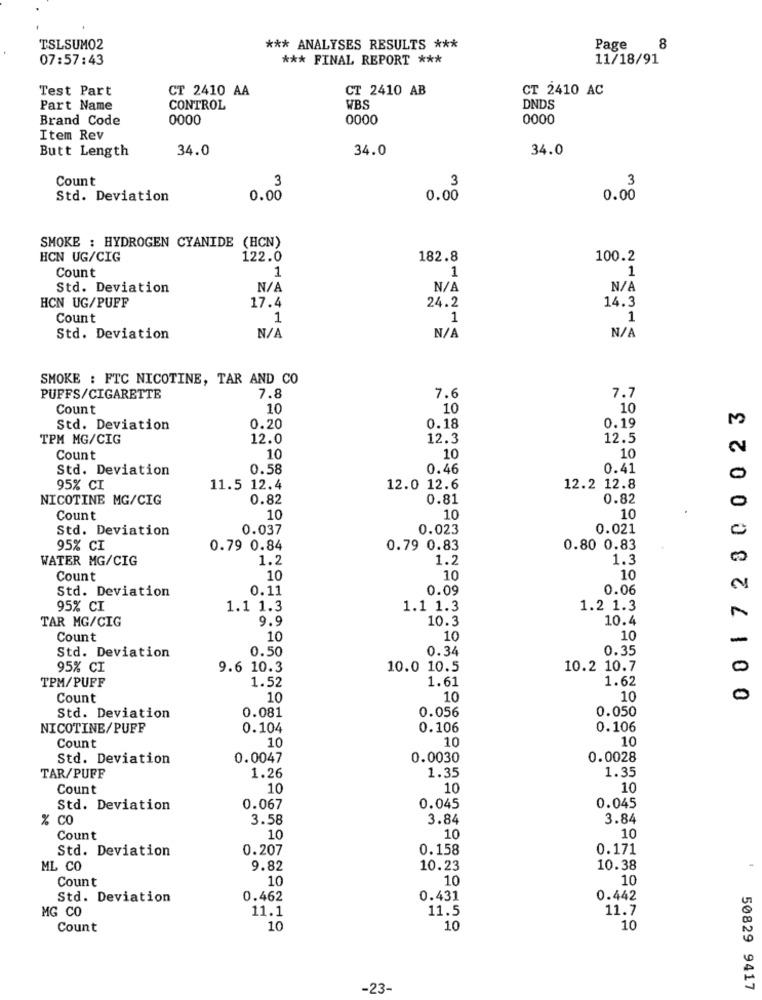
TSLSUMO2
*** ANALYSES RESULTS ***
Page
8
07:57:43
*** FINAL REPORT ***
11/18/91
Test Part
CT 2410 AA
CT 2410 AB
CT 2410 AC
Part Name
CONTROL
WBS
DNDS
Brand Code
0000
0000
0000
Item Rev
Butt Length
34.0
34.0
34.0
Count
3
3
3
Std. Deviation
0.00
0.00
0.00
SMOKE : HYDROGEN CYANIDE (HCN)
HCN UG/CIG
122.0
182.8
100.2
Count
1
1
1
Std. Deviation
HCN UG/PUFF
24.2
14.3
17.4
Count
1
1
1
Std. Deviation
SMOKE : FTC NICOTINE, TAR AND CO
7.6
PUFFS/CIGARETTE
7.8
7.7
Count
10
10
10
00172300023
0.19
Std. Deviation
0.20
0.18
TPM MG/CIG
12.0
12.3
12.5
2
Count
10
10
10
Std. Deviation
0.58
0.46
0.41
0
95% CI
11.5 12.4
12.0 12.6
12.2 12.8
NICOTINE MG/CIG
0.82
0.81
0.82
0
Count
10
10
10
Std. Deviation
0.037
0.023
0.021
0
95% CI
0.79 0.84
0.79 0.83
0.80 0.83
WATER MG/CIG
1.2
1.2
1.3
Count
10
10
10
Std. Deviation
0.11
0.09
0.06
95% CI
1.1 1.3
1.1 1.3
1.2 1.3
TAR MG/CIG
9.9
10.3
10.4
Count
10
10
10
-
Std. Deviation
0.50
0.34
0.35
95% CI
9.6 10.3
10.0 10.5
10.2 10.7
TPM/PUFF
1.61
1.62
1.52
Count
10
10
10
0
0.056
0.050
Std. Deviation
0.081
NICOTINE/PUFF
0.104
0.106
0.106
10
10
Count
10
Std. Deviation
0.0047
0.0030
0.0028
1.35
TAR/PUFF
1.26
1.35
Count
10
10
10
Std. Deviation
0.067
0.045
0.045
% CO
3.58
3.84
3.84
10
Count
10
10
Std. Deviation
0.207
0.158
0.171
ML CO
9.82
10.23
10.38
Count
10
10
10
Std. Deviation
0.462
0.431
0.442
MG CO
11.1
11.5
11.7
Count
10
10
10
-23-
50829 9417